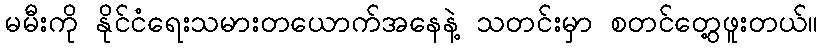
မမီးကို နိုင်ငံရေးသမားတယောက်အနေနဲ့ သတင်းမှာ စတင်တွေ့ဖူးတယ်။